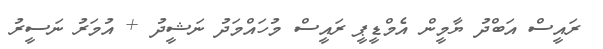
ރައީސް އަބްދު ޔާމީން އެމްޑީޕީ ރައީސް މުހައްމަދު ނަޝީދު + އުމަރު ނަސީރު